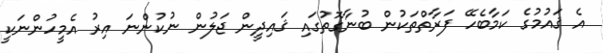
އެ ޤައުމުގެ ކަމާބެހޭ ފަރާތްތަކުން ބުނާގޮތުގައި ޤައިދީން ޖަލުން ނުކުންނަ އިރު އެމީހުންނަކީ